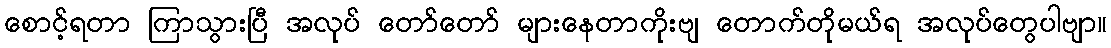
စောင့်ရတာ ကြာသွားပြီ အလုပ် တော်တော် များနေတာကိုးဗျ တောက်တိုမယ်ရ အလုပ်တွေပါဗျာ။